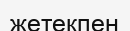
жетекпен